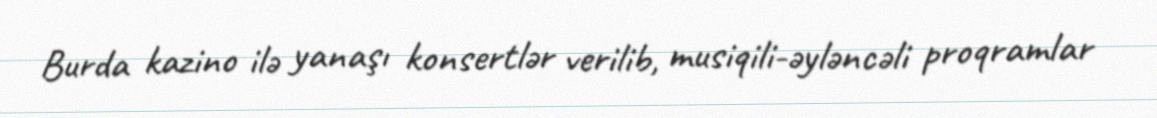
Burda kazino ilə yanaşı konsertlər verilib, musiqili-əyləncəli proqramlar